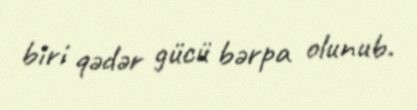
biri qədər gücü bərpa olunub.